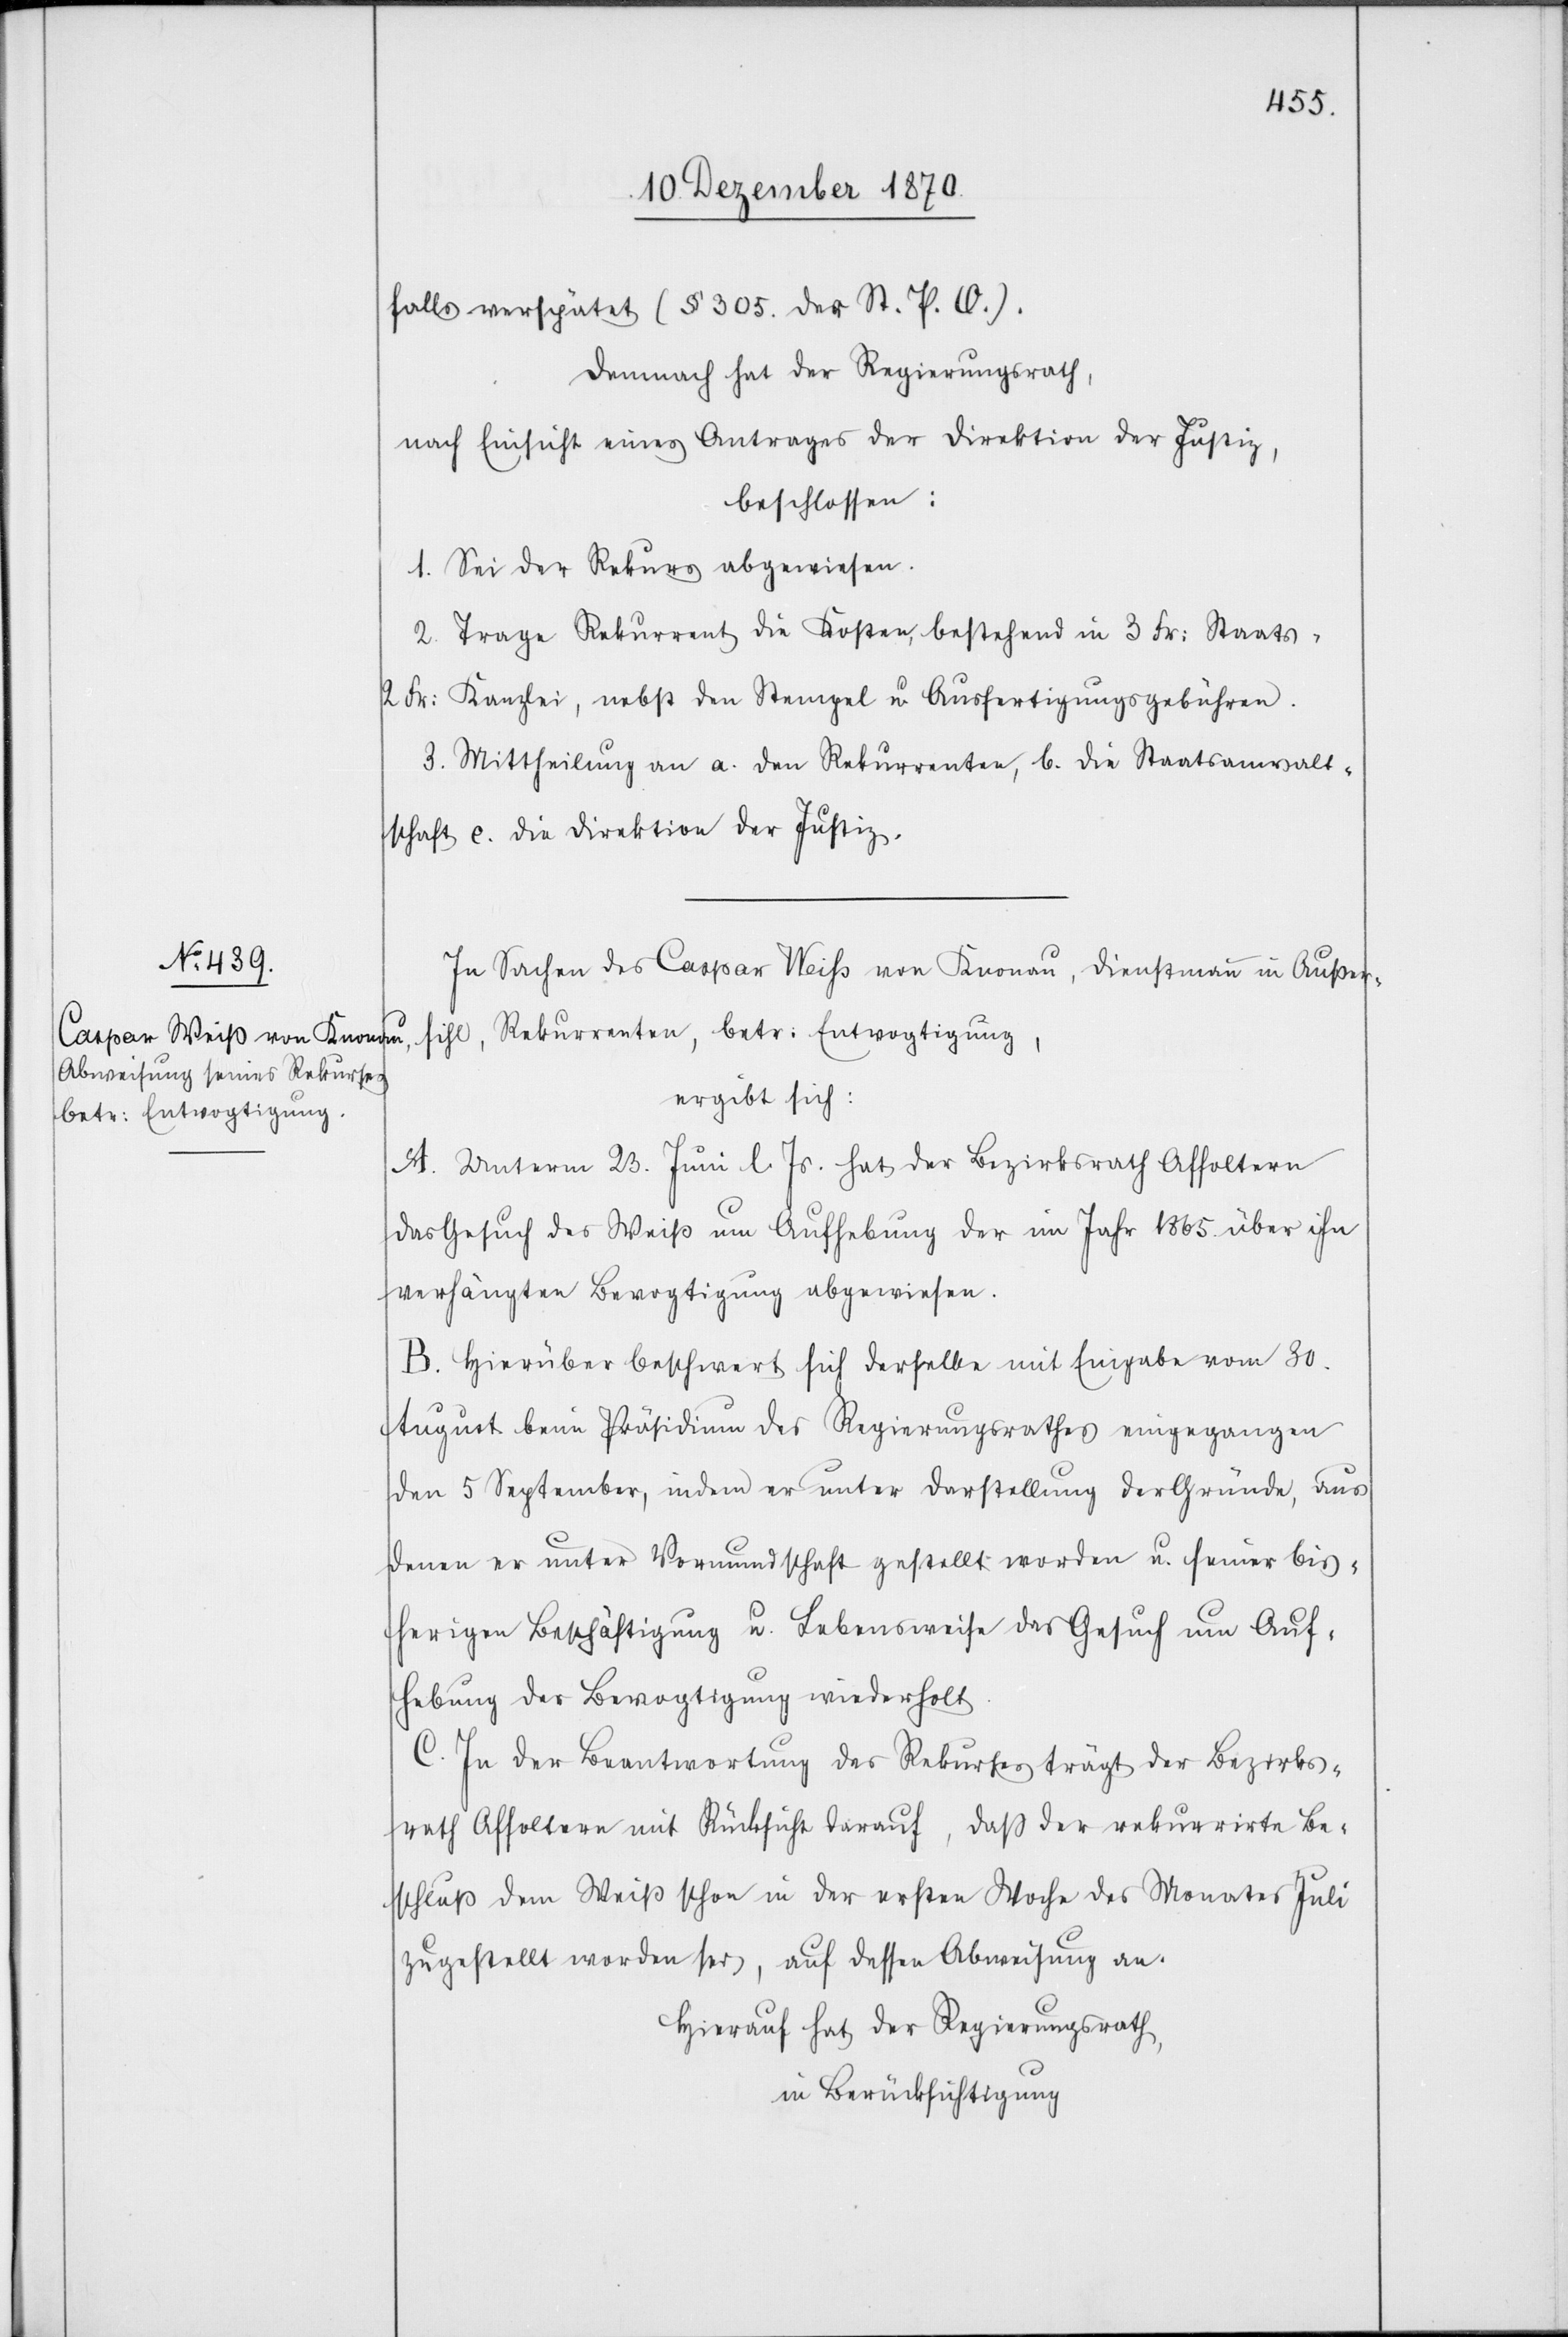
falls verspätet (§ 305. des ST. P. O.).
Demnach hat der Regierungsrath,
nach Einsicht eines Antrages der Direktion der Justiz,
beschlossen:
1. Sei der Rekurs abgewiesen.
2. Trage Rekurrent die Kosten, bestehend in 3 Fr: Staats-[,]
2 Fr: Kanzlei, nebst den Stempel u. Ausfertigungsgebühren.
3. Mittheilung an a. den Rekurrenten, b. die Staatsanwalt¬
schaft c. die Direktion der Justiz.
In Sachen des Caspar Weiß von Knonau, Dienstmann in Außer¬
sihl, Rekurrenten, betr: Entvogtigung,
ergibt sich:
A. Unterm 23. Juni d. Js. hat der Bezirksrath Affoltern
das Gesuch des Weiß um Aufhebung der im Jahr 1865 über ihn
verhängten Bevogtigung abgewiesen.
B. Hierüber beschwert sich derselbe mit Eingabe vom 30.
August beim Präsidium des Regierungsrathes eingegangen
den 5 September, indem er unter Darstellung der Gründe, aus
denen er unter Vormundschaft gestellt worden u. seiner bis¬
herigen Beschäftigung u. Lebensweise das Gesuch um Auf¬
hebung der Bevogtigung wiederholt.
C. In der Beantwortung des Rekurses trägt der Bezirks¬
rath Affoltern mit Rücksicht darauf, daß der rekurrirte Be¬
schluß dem Weiß schon in der ersten Woche des Monates Juli
zugestellt worden sei, auf dessen Abweisung an.
Hierauf hat der Regierungsrath,
in Berücksichtigung